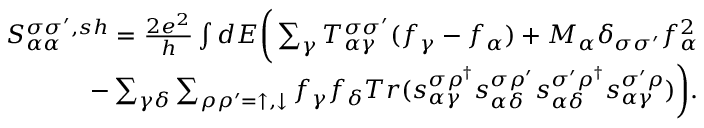
\begin{array} { r } { { S _ { \alpha \alpha } ^ { \sigma \sigma ^ { \prime } , s h } } = \frac { 2 e ^ { 2 } } { h } \int d E \bigg ( \sum _ { \gamma } T _ { \alpha \gamma } ^ { \sigma \sigma ^ { \prime } } ( f _ { \gamma } - f _ { \alpha } ) + M _ { \alpha } \delta _ { \sigma \sigma ^ { \prime } } f _ { \alpha } ^ { 2 } } \\ { - \sum _ { \gamma \delta } \sum _ { \rho \rho ^ { \prime } = \uparrow , \downarrow } f _ { \gamma } f _ { \delta } T r ( s _ { \alpha \gamma } ^ { \sigma \rho ^ { \dagger } } s _ { \alpha \delta } ^ { \sigma \rho ^ { \prime } } s _ { \alpha \delta } ^ { \sigma ^ { \prime } \rho ^ { \dagger } } s _ { \alpha \gamma } ^ { \sigma ^ { \prime } \rho } ) \bigg ) . } \end{array}